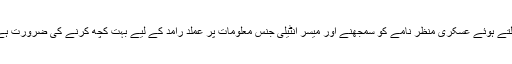
بدلتے ہوئے عسکری منظر نامے کو سمجھنے اور میسر انٹیلی جنس معلومات پر عملد رآمد کے لیے بہت کچھ کرنے کی ضرورت ہے۔